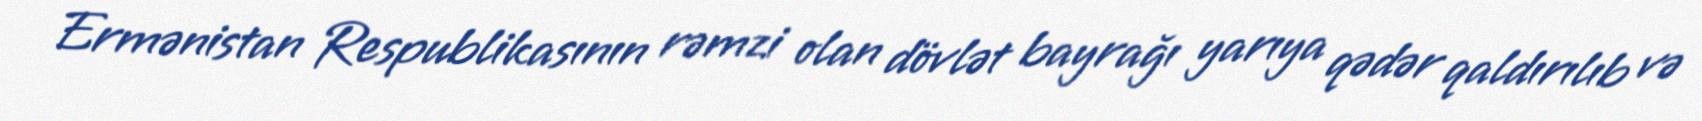
Ermənistan Respublikasının rəmzi olan dövlət bayrağı yarıya qədər qaldırılıb və